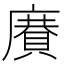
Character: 𢋍